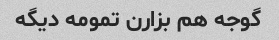
گوجه هم بزارن تمومه دیگه